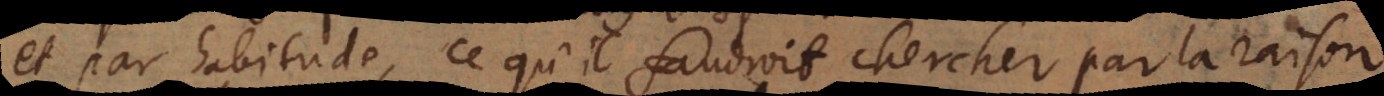
et par habitude, ce qu’il faudroit chercher par la raison.